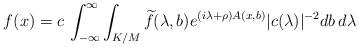
LaTeX: \begin{align*}f(x) = c\, \int_{-\infty}^\infty \int_{K/M} \widetilde{f}(\lambda,b)e^{(i\lambda+\rho)A(x,b)} |c(\lambda)|^{-2} db\, d\lambda \end{align*}